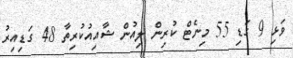
ވަޅި 9 ގަޑި 55 މިނެޓް ކުރިން ލިއުން ޝާއިއުކުރިތާ 48 ގަޑިއިރު